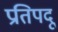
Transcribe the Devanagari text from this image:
प्रतिपदू